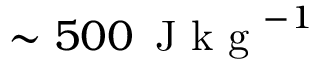
\sim 5 0 0 \, \mathrm { ~ J ~ k ~ g ~ } ^ { - 1 }